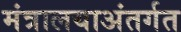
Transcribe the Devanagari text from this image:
मंत्रालयाअंतर्गत